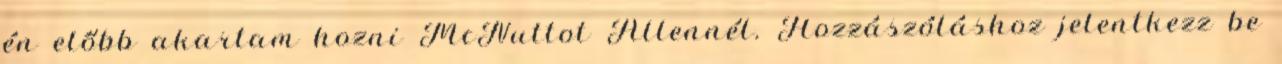
én előbb akartam hozni McNuttot Allennél. Hozzászóláshoz jelentkezz be